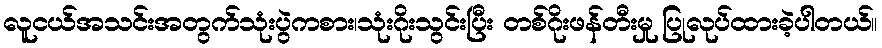
လူငယ်အသင်းအတွက်သုံးပွဲကစား၊သုံးဂိုးသွင်းပြီး တစ်ဂိုးဖန်တီးမှု ပြုလုပ်ထားခဲ့ပါတယ်။